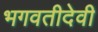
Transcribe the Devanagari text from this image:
भगवतीदेवी